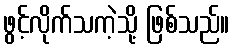
ဖွင့်လိုက်သကဲ့သို့ ဖြစ်သည်။